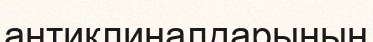
антиклиналдарының